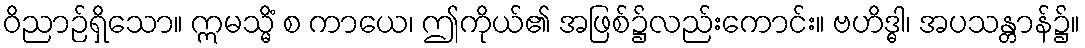
ဝိညာဉ်ရှိသော။ ဣမသ္မိံ စ ကာယေ၊ ဤကိုယ်၏ အဖြစ်၌လည်းကောင်း။ ဗဟိဒ္ဓါ၊ အပသန္တာန်၌။